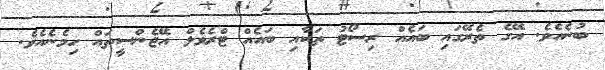
ބުނެއެވެ. އޭގެ ތެރޭގައި ބައެއް ރިސޯޓު ތަކާއި ބައެއް ޓްރެވެލް އޭޖެންސީތައް ހިމެނެއެވެ.